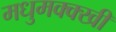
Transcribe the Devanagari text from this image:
मधुमक्क्खी